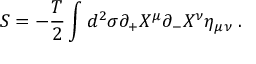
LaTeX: S = - \frac { T } { 2 } \int d ^ { 2 } \sigma \partial _ { + } X ^ { \mu } \partial _ { - } X ^ { \nu } \eta _ { \mu \nu } \; .